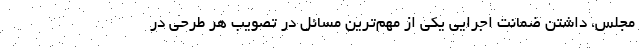
مجلس، داشتن ضمانت اجرایی یکی از مهم‌ترین مسائل در تصویب هر طرحی در